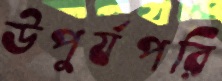
উপুর্যপরি